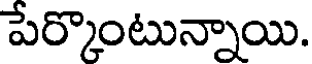
పేర్కొంటున్నాయి.